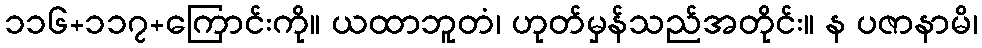
၁၁၆+၁၁၇+ကြောင်းကို။ ယထာဘူတံ၊ ဟုတ်မှန်သည်အတိုင်း။ န ပဇာနာမိ၊